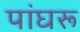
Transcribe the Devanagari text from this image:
पांघरू